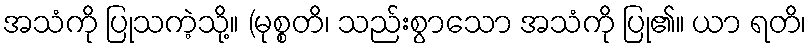
အသံကို ပြုသကဲ့သို့။ (မုစ္စတိ၊ သည်းစွာသော အသံကို ပြု၏။ ယာ ရတိ၊